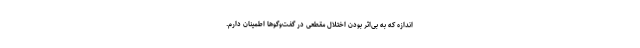
اندازه که به بی‌اثر بودن اختلال مقطعی در گفت‌و‌گو‌ها اطمینان دارم.